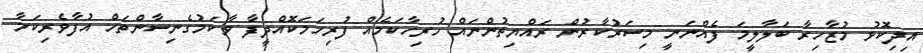
އިދިކޮޅު މުޒާހިރާ ބަލާލީމަ ފެއްނަނީ މިސަރުކާރުން ރައްޔިތުންނައް ހުރިހާކަމެއް ފުރިހަމަކޮއްދީފާ ވާކަމުގެނިސާންތަހް އުފާވެރިކަމާ